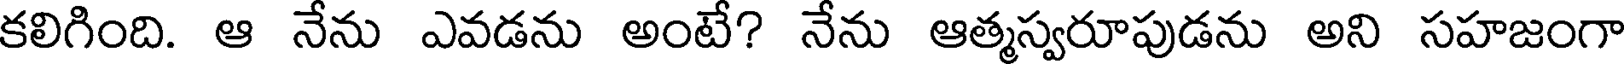
కలిగింది. ఆ నేను ఎవడను అంటే? నేను ఆత్మస్వరూపుడను అని సహజంగా